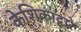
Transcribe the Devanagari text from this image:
केशिकाद्वारे